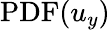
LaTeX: \mathrm{PDF}(u_{y})